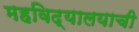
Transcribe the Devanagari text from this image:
महविद्यालयाची